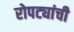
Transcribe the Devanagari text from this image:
रोपट्यांची